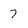
Character: 7